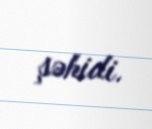
şəhidi.